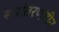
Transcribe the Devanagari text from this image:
रूपांतरणहीन